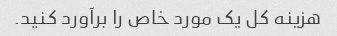
هزینه کل یک مورد خاص را برآورد کنید.